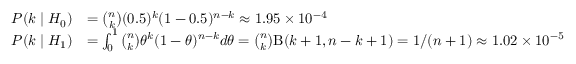
{ \begin{array} { r l } { P ( k \mid H _ { 0 } ) } & { = { \binom { n } { k } } ( 0 . 5 ) ^ { k } ( 1 - 0 . 5 ) ^ { n - k } \approx 1 . 9 5 \times 1 0 ^ { - 4 } } \\ { P ( k \mid H _ { 1 } ) } & { = \int _ { 0 } ^ { 1 } { \binom { n } { k } } \theta ^ { k } ( 1 - \theta ) ^ { n - k } d \theta = { \binom { n } { k } } \mathrm { \mathrm { B } } ( k + 1 , n - k + 1 ) = 1 / ( n + 1 ) \approx 1 . 0 2 \times 1 0 ^ { - 5 } } \end{array} }